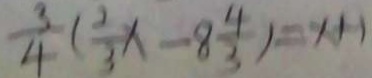
\frac { 3 } { 4 } ( \frac { 2 } { 3 } x - 8 \frac { 4 } { 3 } ) = x + 1